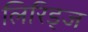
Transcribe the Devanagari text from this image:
लिरिड्ज